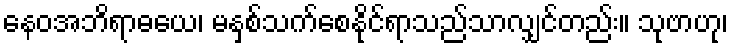
နေဝအဘိရာဓယေ၊ မနှစ်သက်စေနိုင်ရာသည်သာလျှင်တည်း။ သုဗာဟု၊